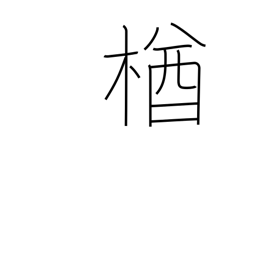
Meaning: oak